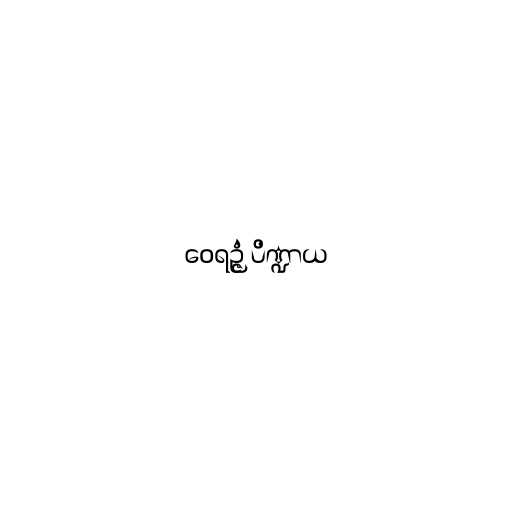
ဝေရဉ္ဇံ ပိဏ္ဍာယ